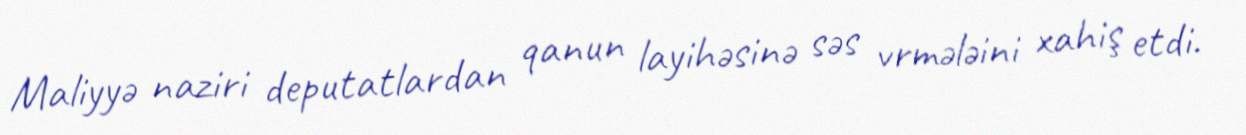
Maliyyə naziri deputatlardan qanun layihəsinə səs vrmələini xahiş etdi.